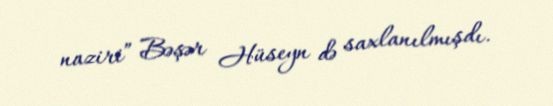
naziri” Bəşər Hüseyn də saxlanılmışdı.